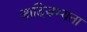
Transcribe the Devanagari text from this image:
आदिसभ्‍यता